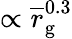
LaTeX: \propto\overline{r}_{\mathrm{g}}^{0.3}